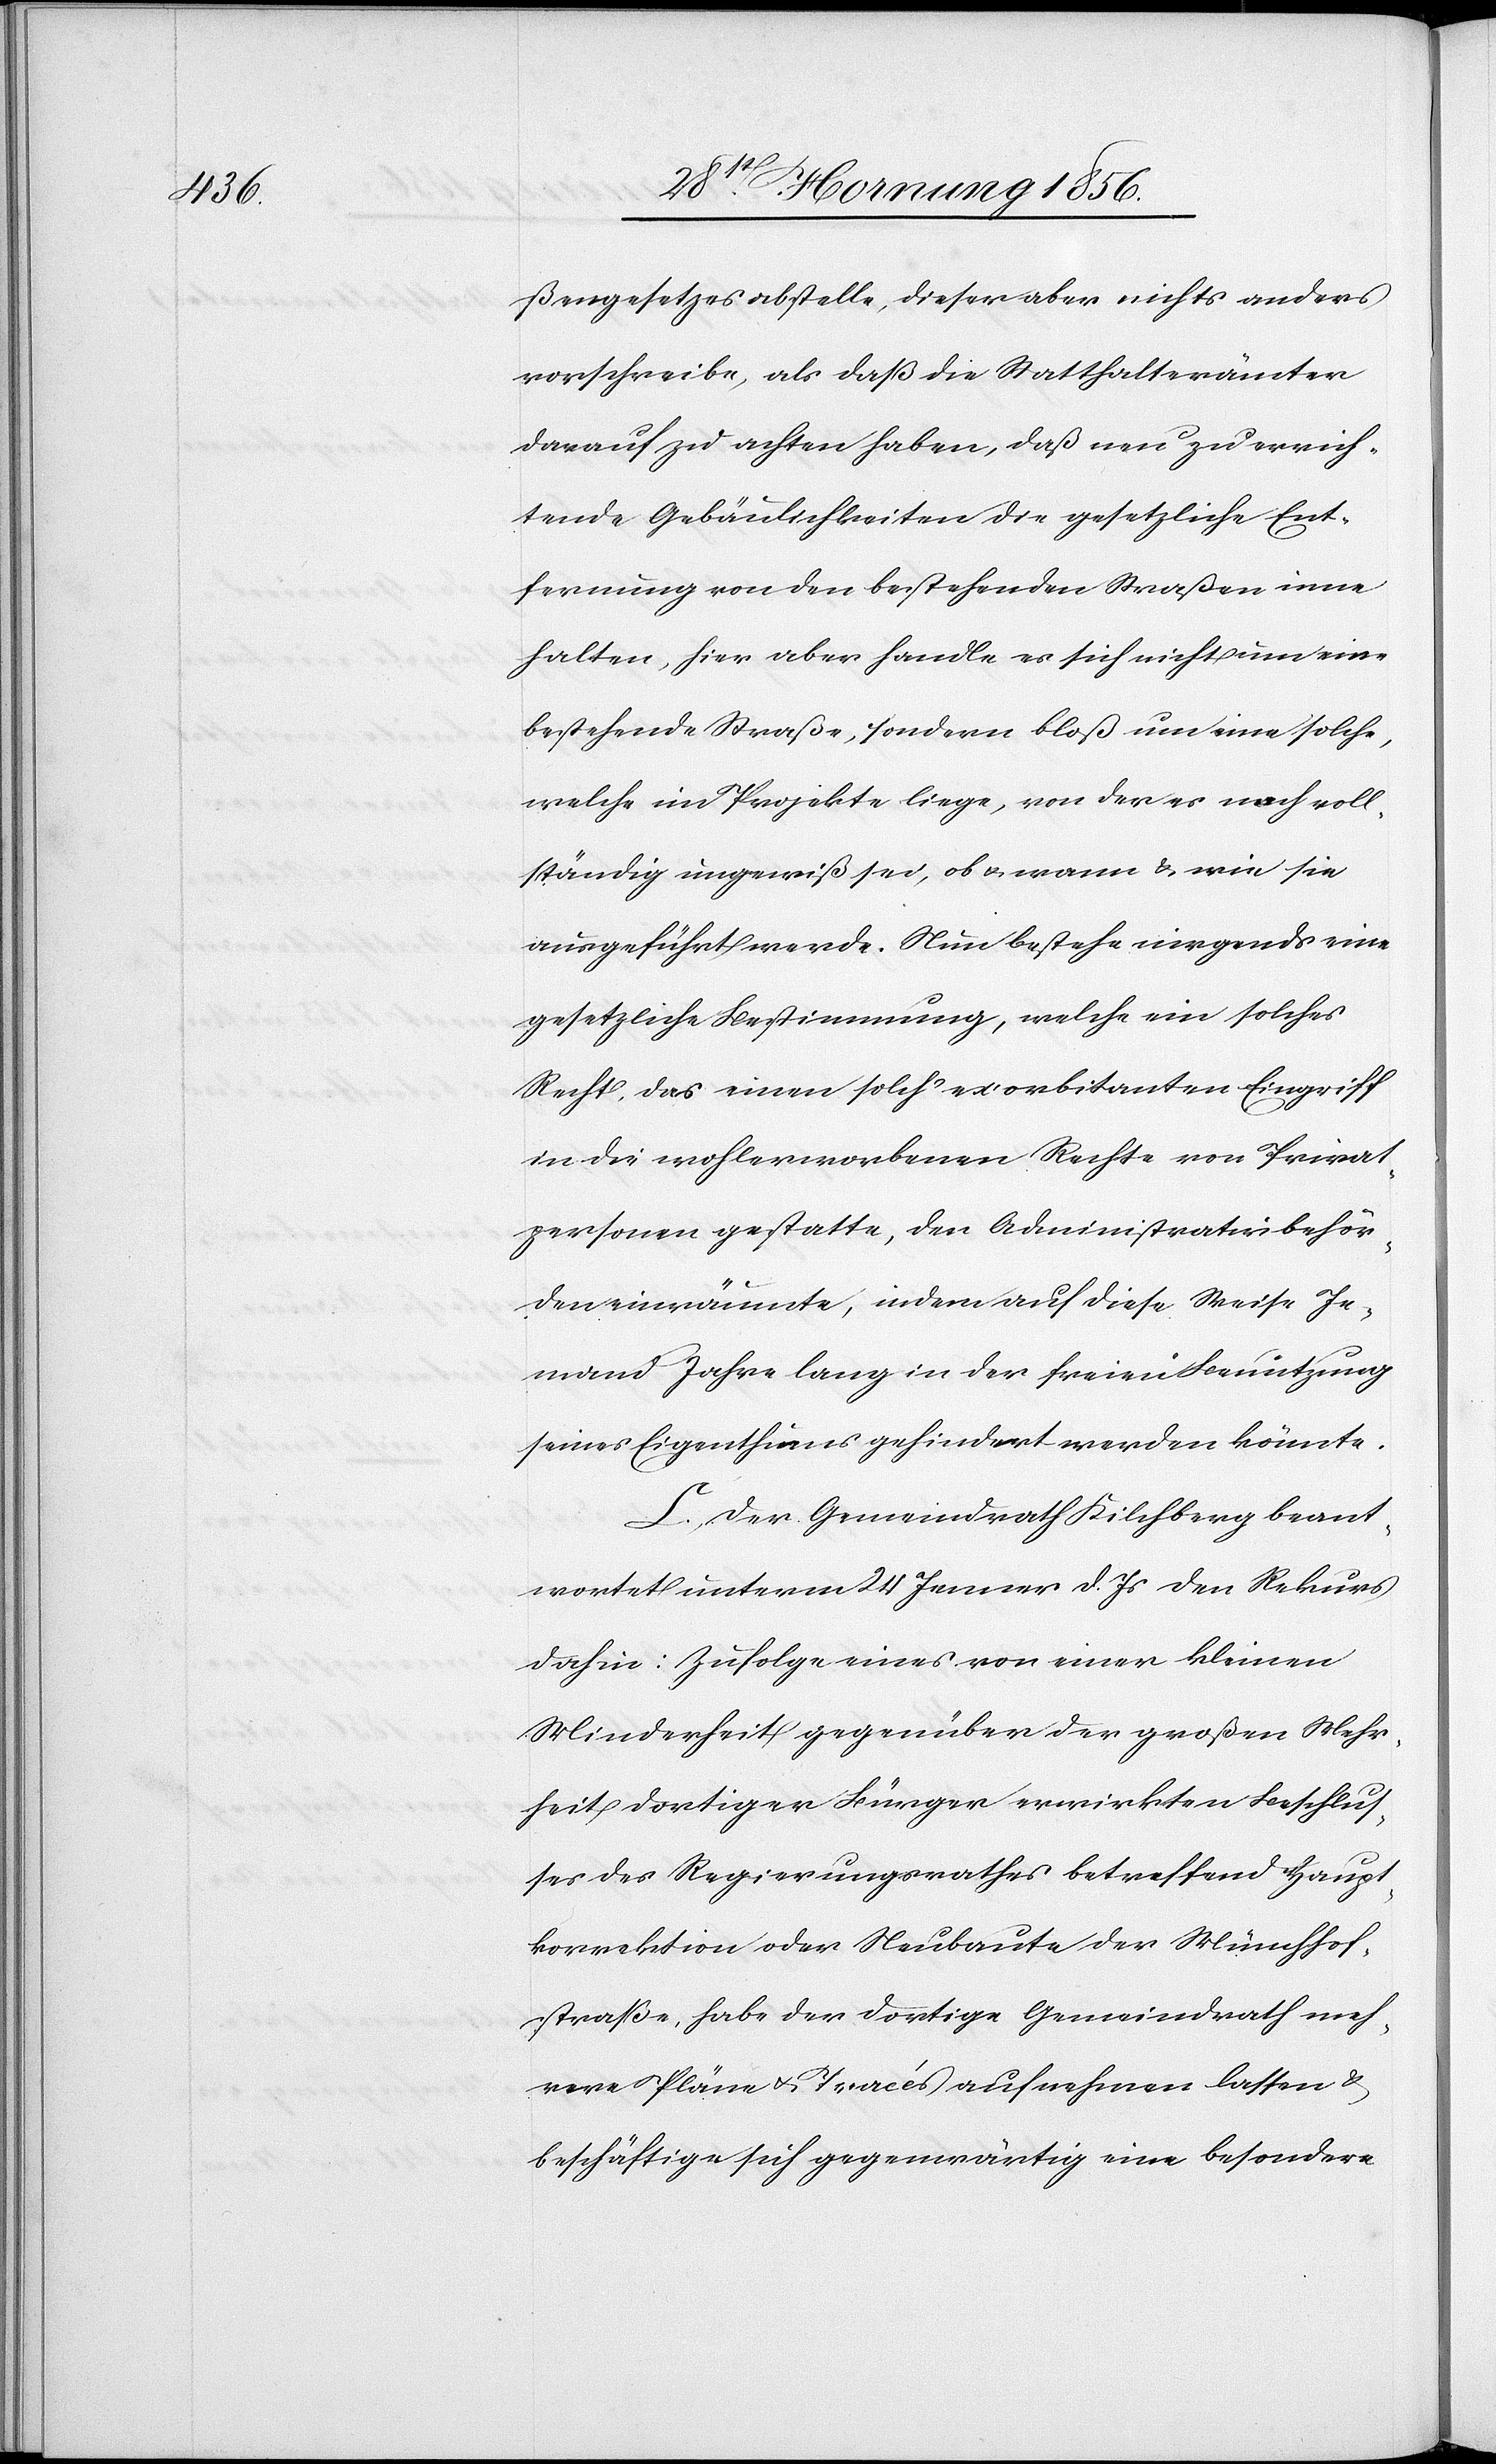
ßengesetzes abstelle, dieser aber nicht anders
vorschreibe, als daß die Statthalterämter
darauf zu achten haben, daß neu zu errich¬
tende Gebäulichkeiten die gesetzliche Ent¬
fernung von den bestehenden Straßen inne
halten, hier aber handle es sich nicht um eine
bestehende Straße, sondern bloß um eine solche,
welche im Projekte liege, von der es noch voll¬
ständig ungewiß sei, ob u. wann & wie sie
ausgeführt werde. Nun bestehe nirgends eine
gesetzliche Bestimmung, welche ein solches
Recht, das einen solch exorbitanten Eingriff
in die wohlerworbenen Rechte von Privat¬
personen gestatte, den Administrativbehör¬
den einräumte, indem auf diese Weise Je¬
mand Jahre lang in der freien Benutzung
seines Eigenthums gehindert werde könnte.
C. Der Gemeindrath Kilchberg beant¬
wortete unterm 24 Jenner d. Js den Rekurs
dahin: Zufolge eines von einer kleinen
Minderheit gegenüber der großen Mehr¬
heit dortiger Bürger erwirkten Beschlus¬
ses des Regierungsrathes betreffend Haupt¬
korrektion oder Neubaute der Münchhof¬
straße, habe der dortige Gemeindrath meh¬
rere Pläne u. Tracés aufnehmen lasse &
beschäftige sich gegenwärtig eine besondere